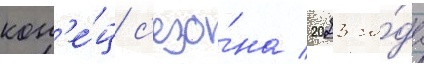
кон'е́ц с'езо́на 2023 го́да